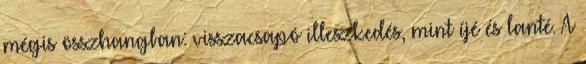
mégis összhangban: visszacsapó illeszkedés, mint íjé és lanté. A